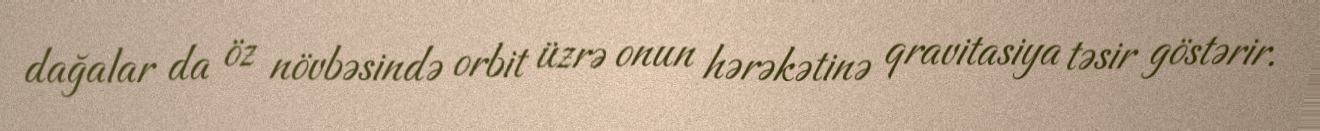
dağalar da öz növbəsində orbit üzrə onun hərəkətinə qravitasiya təsir göstərir.